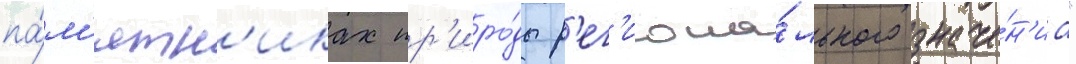
па́м'ятн'иках пр'иро́ды р'ег'иона́льного значе́н'иа"